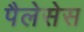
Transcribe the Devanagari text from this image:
पैलेसेस